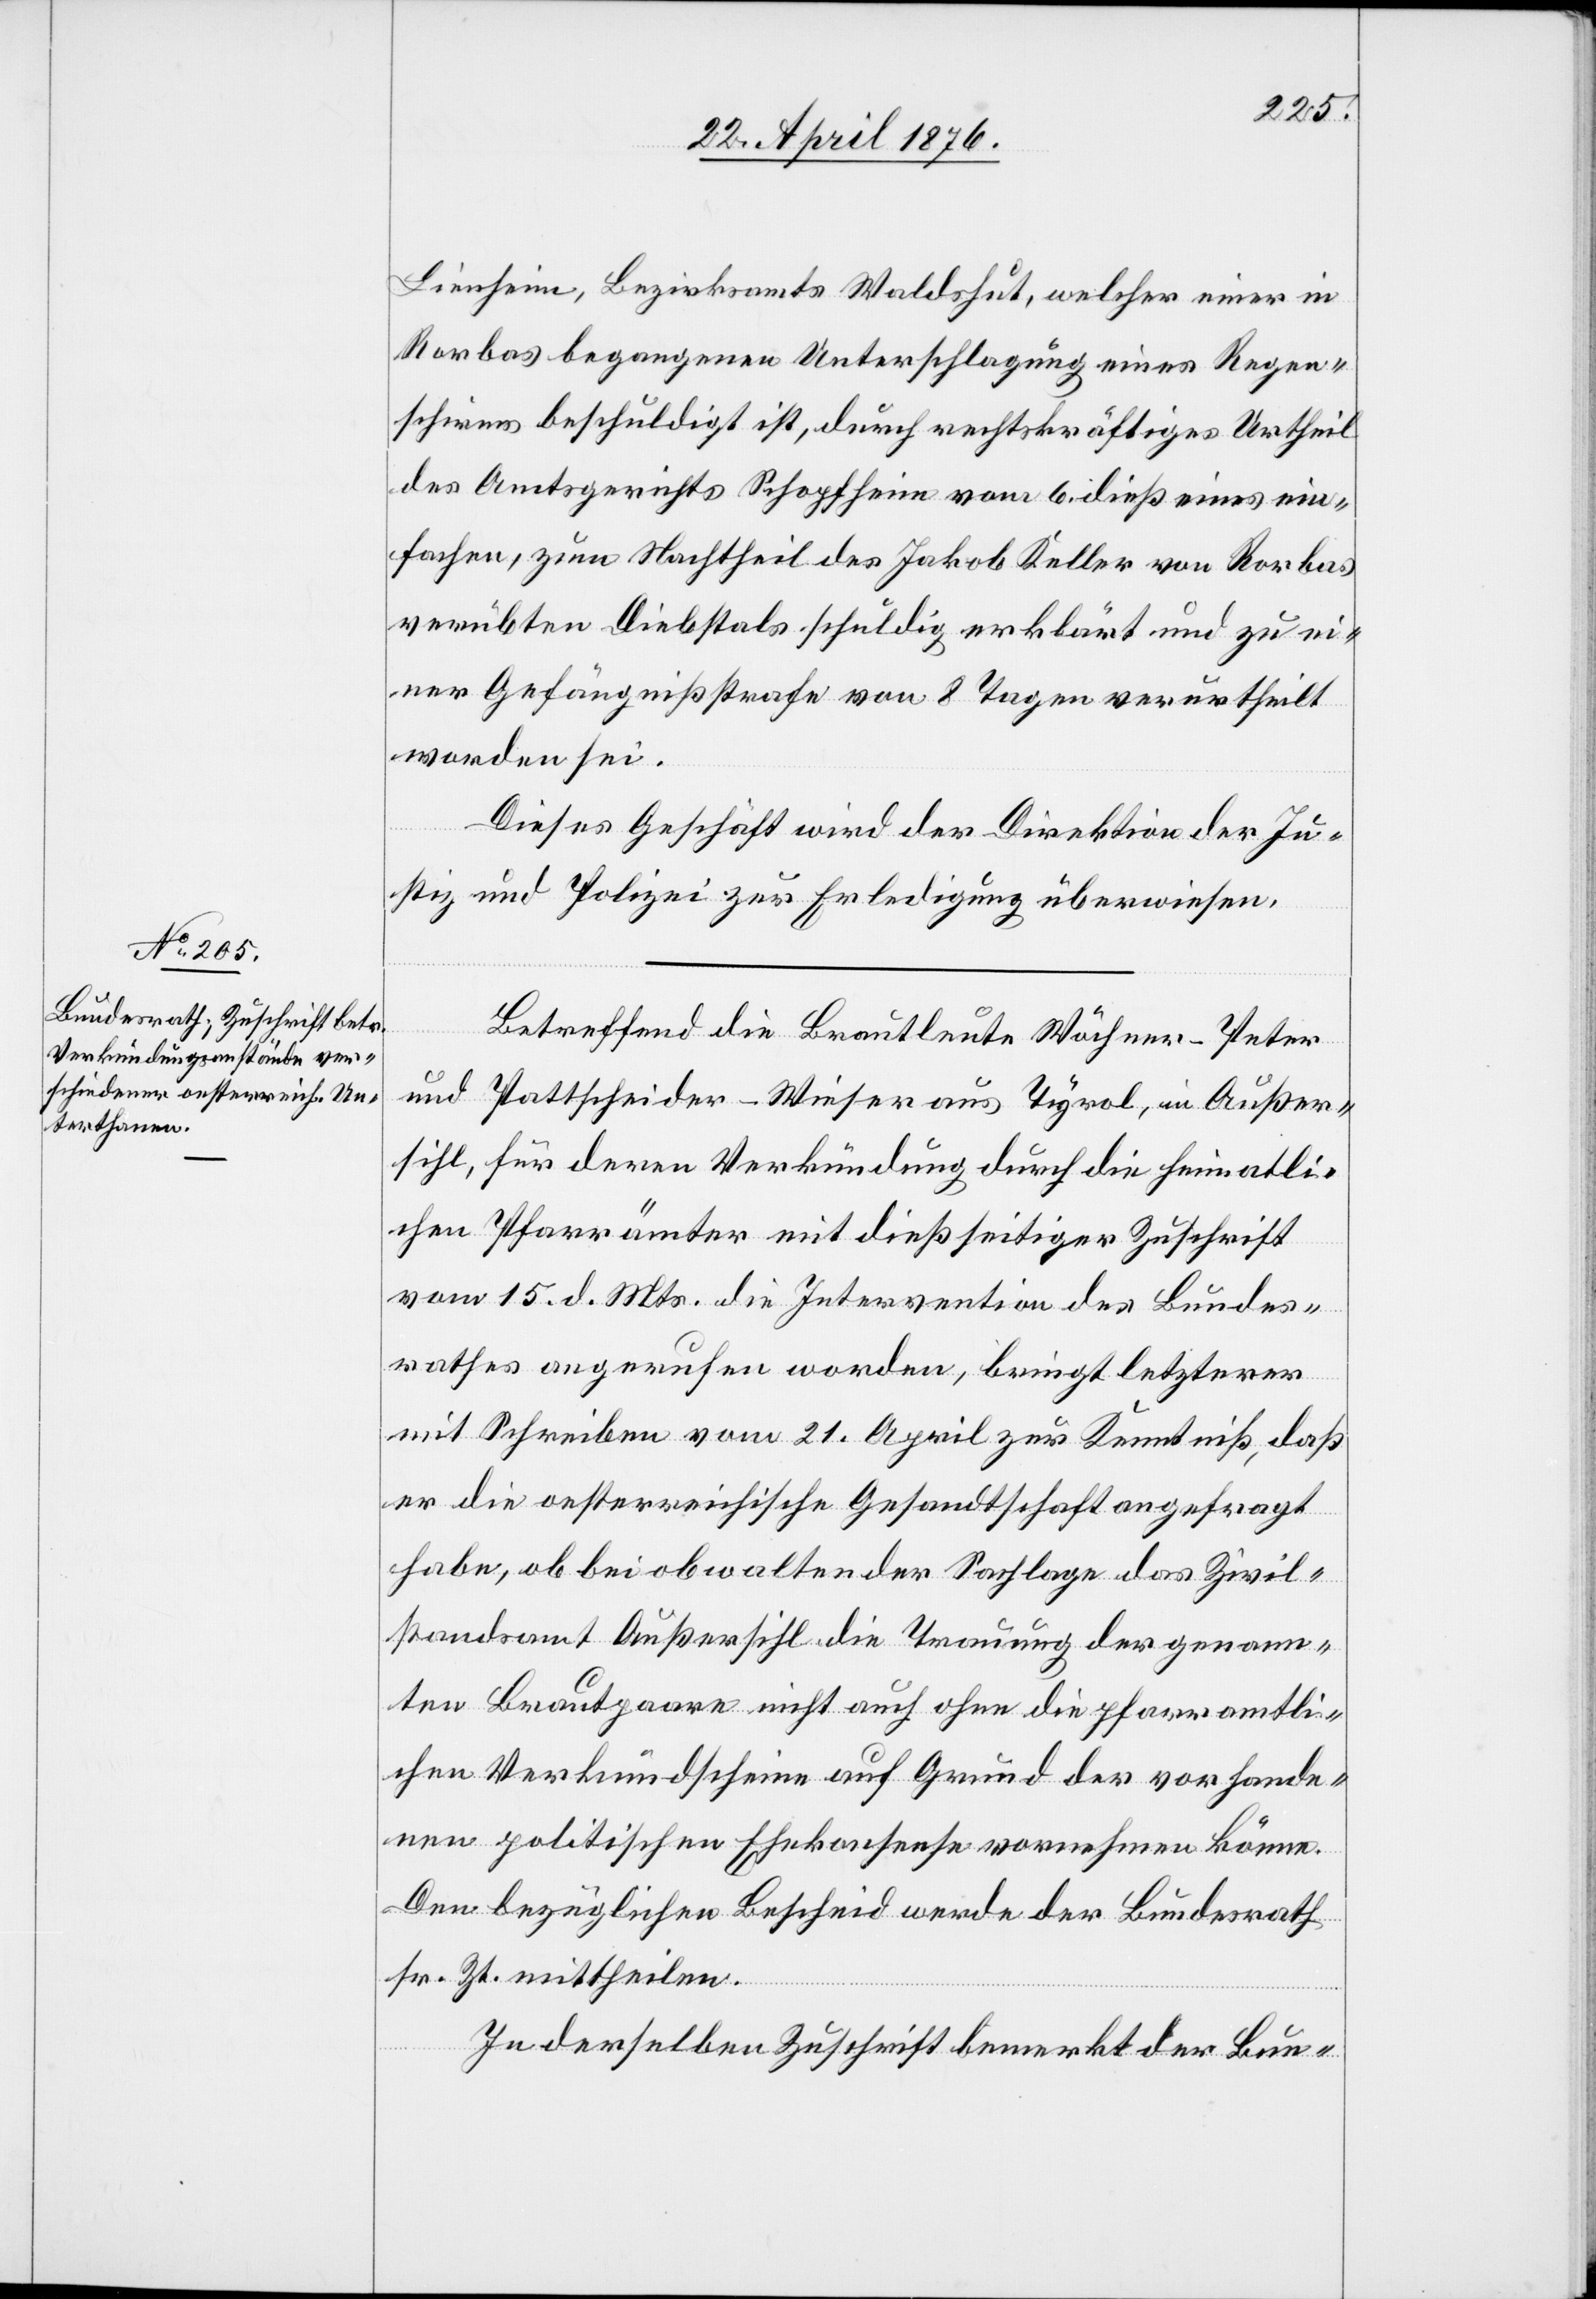
25. April 1876.]
Lienheim, Bezirksamts Waldshut, welcher einer in
Rorbas begangenen Unterschlagung eines Regen¬
schirms beschuldigt ist, durch rechtskräftiges Urtheil
des Amtsgerichts Schopfheim vom 6. dieß eines ein¬
fachen, zum Nachtheil des Jakob Keller von Rorbas
verübten Diebstals schuldig erklärt und zu ei¬
ner Gefängnißstrafe von 8 Tagen verurtheilt
worden sei.
Dieses Geschäft wird der Direktion der Ju¬
stiz und Polizei zur Erledigung überwiesen.
Betreffend die Brautleute Wöchner-Peter
und Pattscheider-Wieser aus Tyrol, in Außer¬
sihl, für deren Verkündung durch die heimatli¬
chen Pfarrämter mit dießseitiger Zuschrift
vom 15. d. Mts. die Intervention des Bundes¬
rathes angerufen worden, bringt letzterer
mit Schreiben vom 21. April zur Kenntniß, daß
er die oesterreichische Gesandtschaft angefragt
habe, ob bei obwaltender Sachlage das Zivil¬
standsamt Außersihl die Trauung der genann¬
ten Brautpaare nicht auch ohne die pfarramtli¬
chen Verkündscheine auf Grund der vorhande¬
nen politischen Ehekonsense vornehmen könne.
Den bezüglichen Bescheid werde der Bundesrath
sr. Zt. mittheilen.
In derselben Zuschrift bemerkt der Bun-